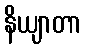
နိယျာတာ